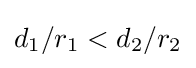
d_{1}/r_{1}<d_{2}/r_{2}